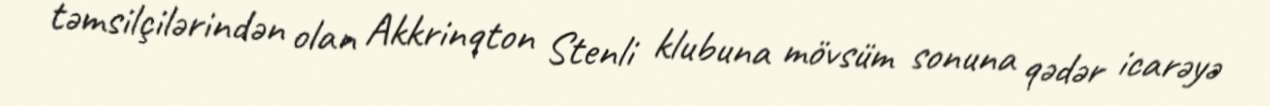
təmsilçilərindən olan Akkrinqton Stenli klubuna mövsüm sonuna qədər icarəyə